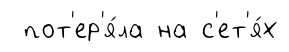
пот'ер'я́ла на с'ет'я́х